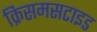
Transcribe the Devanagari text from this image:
क्रिसमसटाइड